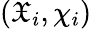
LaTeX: (\mathfrak{X}_{i},\chi_{i})